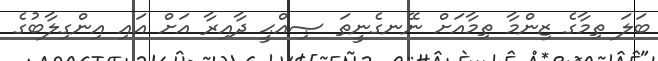
ބަލަ ތިމާގެ ޒިންމާ ތިމާއަށް ނޭނގެނީތަ ޞިއްޙީ ދާއިރާ އަށް އައި އިންގިލާބުގެ